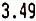
3.49